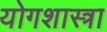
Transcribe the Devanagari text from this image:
योगशास्त्रा